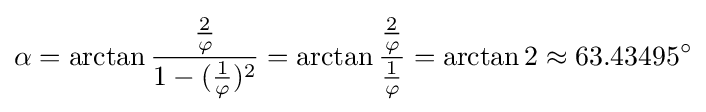
\alpha =\arctan {{2 \over \varphi } \over {1-({1 \over \varphi })^{2}}}=\arctan {{2 \over \varphi } \over {1 \over \varphi }}=\arctan 2\approx 63.43495^{\circ }